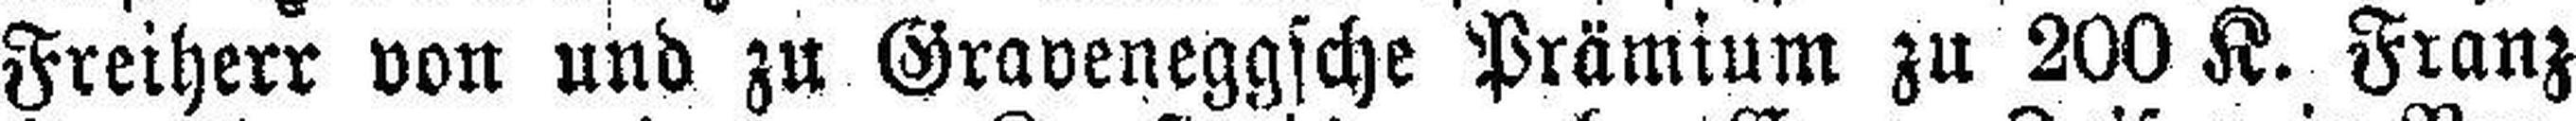
Freiherr von und zu Graveneggsche Prämium zu 200 K. Franz